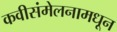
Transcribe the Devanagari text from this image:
कवीसंमेलनामधून